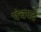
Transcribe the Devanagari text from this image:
पंचपद